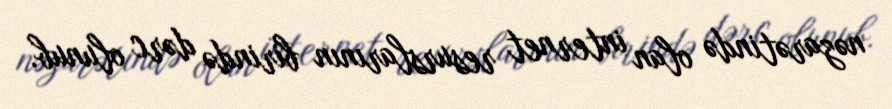
nəzarətində olan internet resurslarının birində dərc olunub.